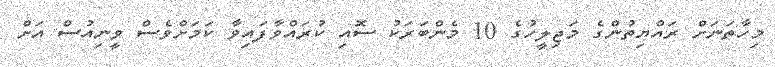
މިހާތަނަށް ރައްޔިތުންގެ މަޖިލީހުގެ 10 މެންބަރަކު ސޮއި ކުރައްވާފައިވާ ކަމަށްވެސް ވީނިއުސް އަށް